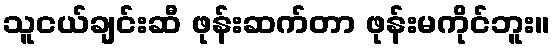
သူငယ်ချင်းဆီ ဖုန်းဆက်တာ ဖုန်းမကိုင်ဘူး။